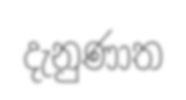
දැනුණාත